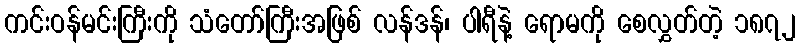
ကင်းဝန်မင်းကြီးကို သံတော်ကြီးအဖြစ် လန်ဒန်၊ ပါရီနဲ့ ရောမကို စေလွှတ်တဲ့ ၁၈၇၂